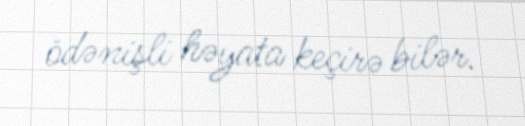
ödənişli həyata keçirə bilər.